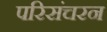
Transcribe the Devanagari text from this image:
परिसंचरन